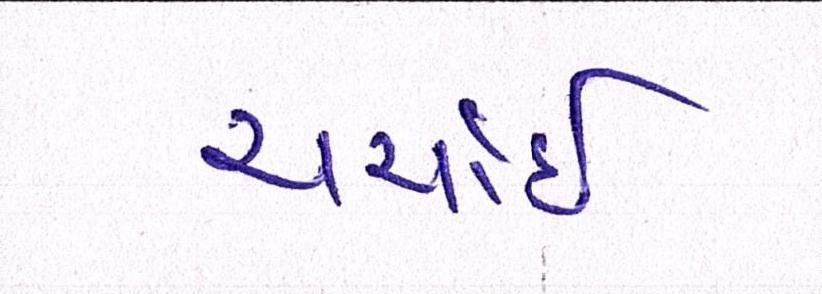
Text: ચર્ચાઈ